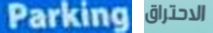
Parking الاحتراق